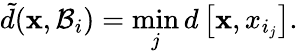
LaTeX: \tilde{d}(\mathbf{x},\mathcal{B}_{i})=\operatorname*{min}_{j}d\left[\mathbf{x},x_{i_{j}}\right].